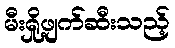
မီးရှို့ဖျက်ဆီးသည့်